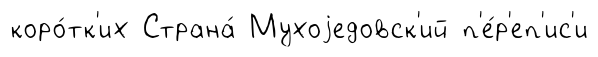
коро́тк'их Страна́ Мухоjедовск'ий п'е́р'еп'ис'и